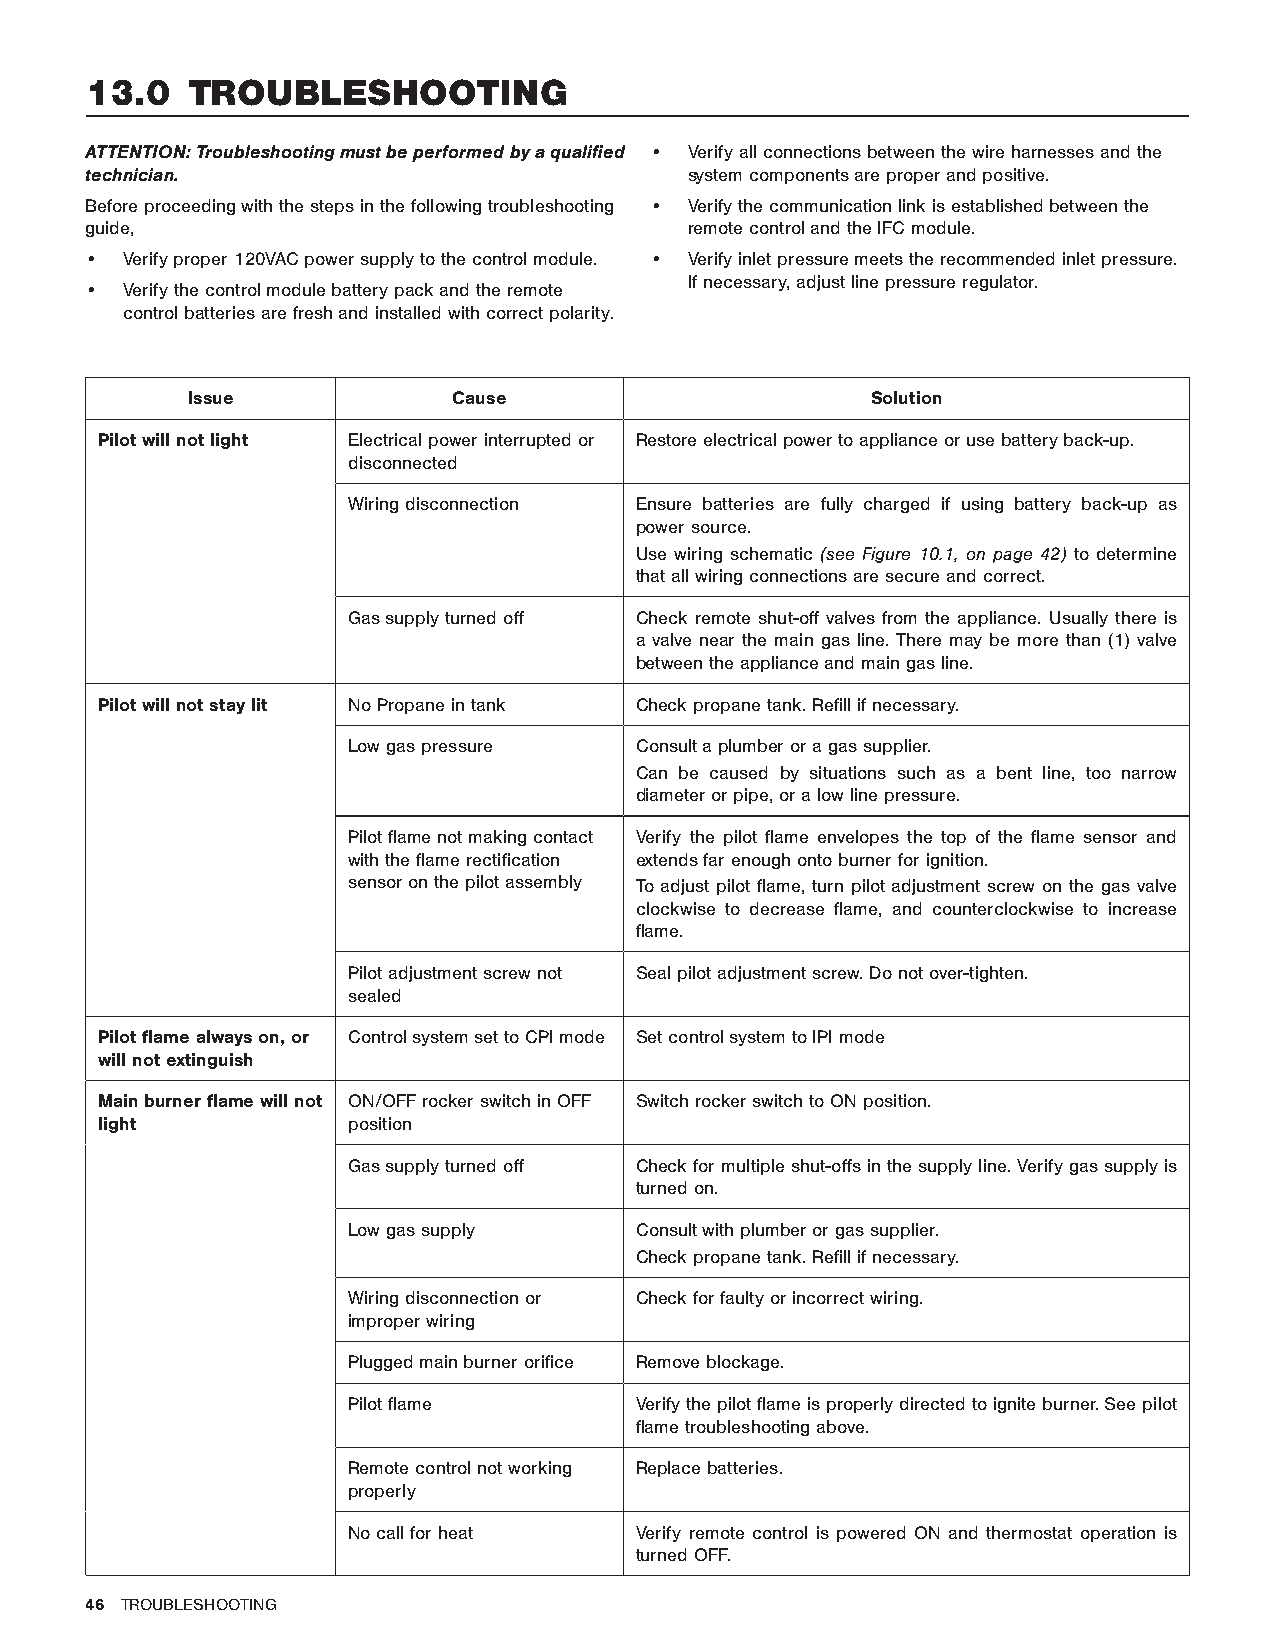
13.0   TROUBLESHOOTING
 ATTENTION: Troubleshooting must be performed by a qualified • Verify all connections between the wire harnesses and the
 technician.                             system components are proper and positive.
 Before proceeding with the steps in the following troubleshooting • Verify the communication link is established between the
 guide,                                  remote control and the IFC module.
 • Verify proper 120VAC power supply to the control module. • Verify inlet pressure meets the recommended inlet pressure.
 If necessary, adjust line pressure regulator.
 • Verify the control module battery pack and the remote
 control batteries are fresh and installed with correct polarity.
 Issue             Cause                       Solution
 Pilot will not light Electrical power interrupted or Restore electrical power to appliance or use battery back-up.
 disconnected
 Wiring disconnection Ensure batteries are fully charged if using battery back-up as
 power source.
 Use wiring schematic (see Figure 10.1, on page 42) to determine
 that all wiring connections are secure and correct.
 Gas supply turned off Check remote shut-off valves from the appliance. Usually there is
 a valve near the main gas line. There may be more than (1) valve
 between the appliance and main gas line.
 Pilot will not stay lit No Propane in tank Check propane tank. Refill if necessary.
 Low gas pressure   Consult a plumber or a gas supplier.
 Can be caused by situations such as a bent line, too narrow
 diameter or pipe, or a low line pressure.
 Pilot flame not making contact Verify the pilot flame envelopes the top of the flame sensor and
 with the flame rectification extends far enough onto burner for ignition.
 sensor on the pilot assembly To adjust pilot flame, turn pilot adjustment screw on the gas valve
 clockwise to decrease flame, and counterclockwise to increase
 flame.
 Pilot adjustment screw not Seal pilot adjustment screw. Do not over-tighten.
 sealed
 Pilot flame always on, or Control system set to CPI mode Set control system to IPI mode
 will not extinguish
 Main burner flame will not ON/OFF rocker switch in OFF Switch rocker switch to ON position.
 light            position
 Gas supply turned off Check for multiple shut-offs in the supply line. Verify gas supply is
 turned on.
 Low gas supply     Consult with plumber or gas supplier.
 Check propane tank. Refill if necessary.
 Wiring disconnection or Check for faulty or incorrect wiring.
 improper wiring
 Plugged main burner orifice Remove blockage.
 Pilot flame        Verify the pilot flame is properly directed to ignite burner. See pilot
 flame troubleshooting above.
 Remote control not working Replace batteries.
 properly
 No call for heat   Verify remote control is powered ON and thermostat operation is
 turned OFF.
 46 TROUBLESHOOTING